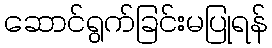
ဆောင်ရွက်ခြင်းမပြုရန်